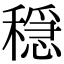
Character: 穏